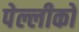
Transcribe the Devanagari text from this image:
पेल्लीको